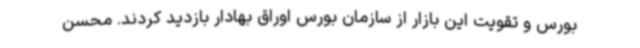
بورس و تقویت این بازار از سازمان بورس اوراق بهادار بازدید کردند. محسن